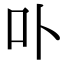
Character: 卟